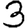
Digit: 3